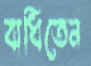
বাধিতেন